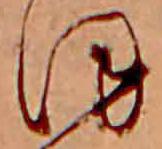
ほ